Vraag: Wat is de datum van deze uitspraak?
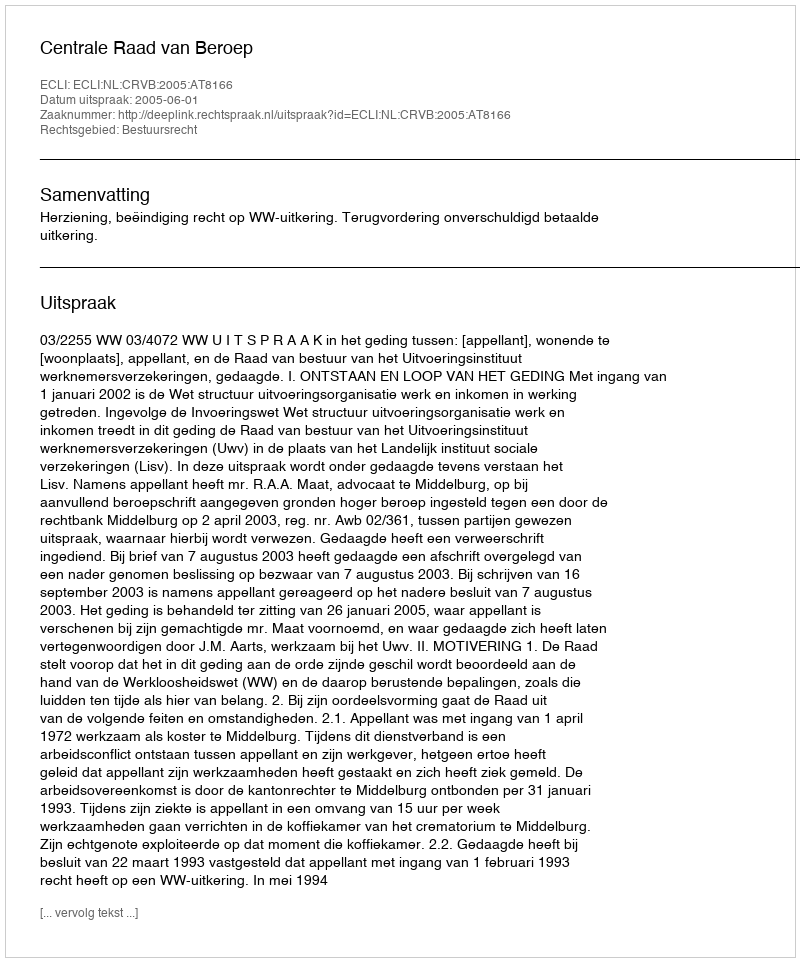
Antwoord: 2005-06-01